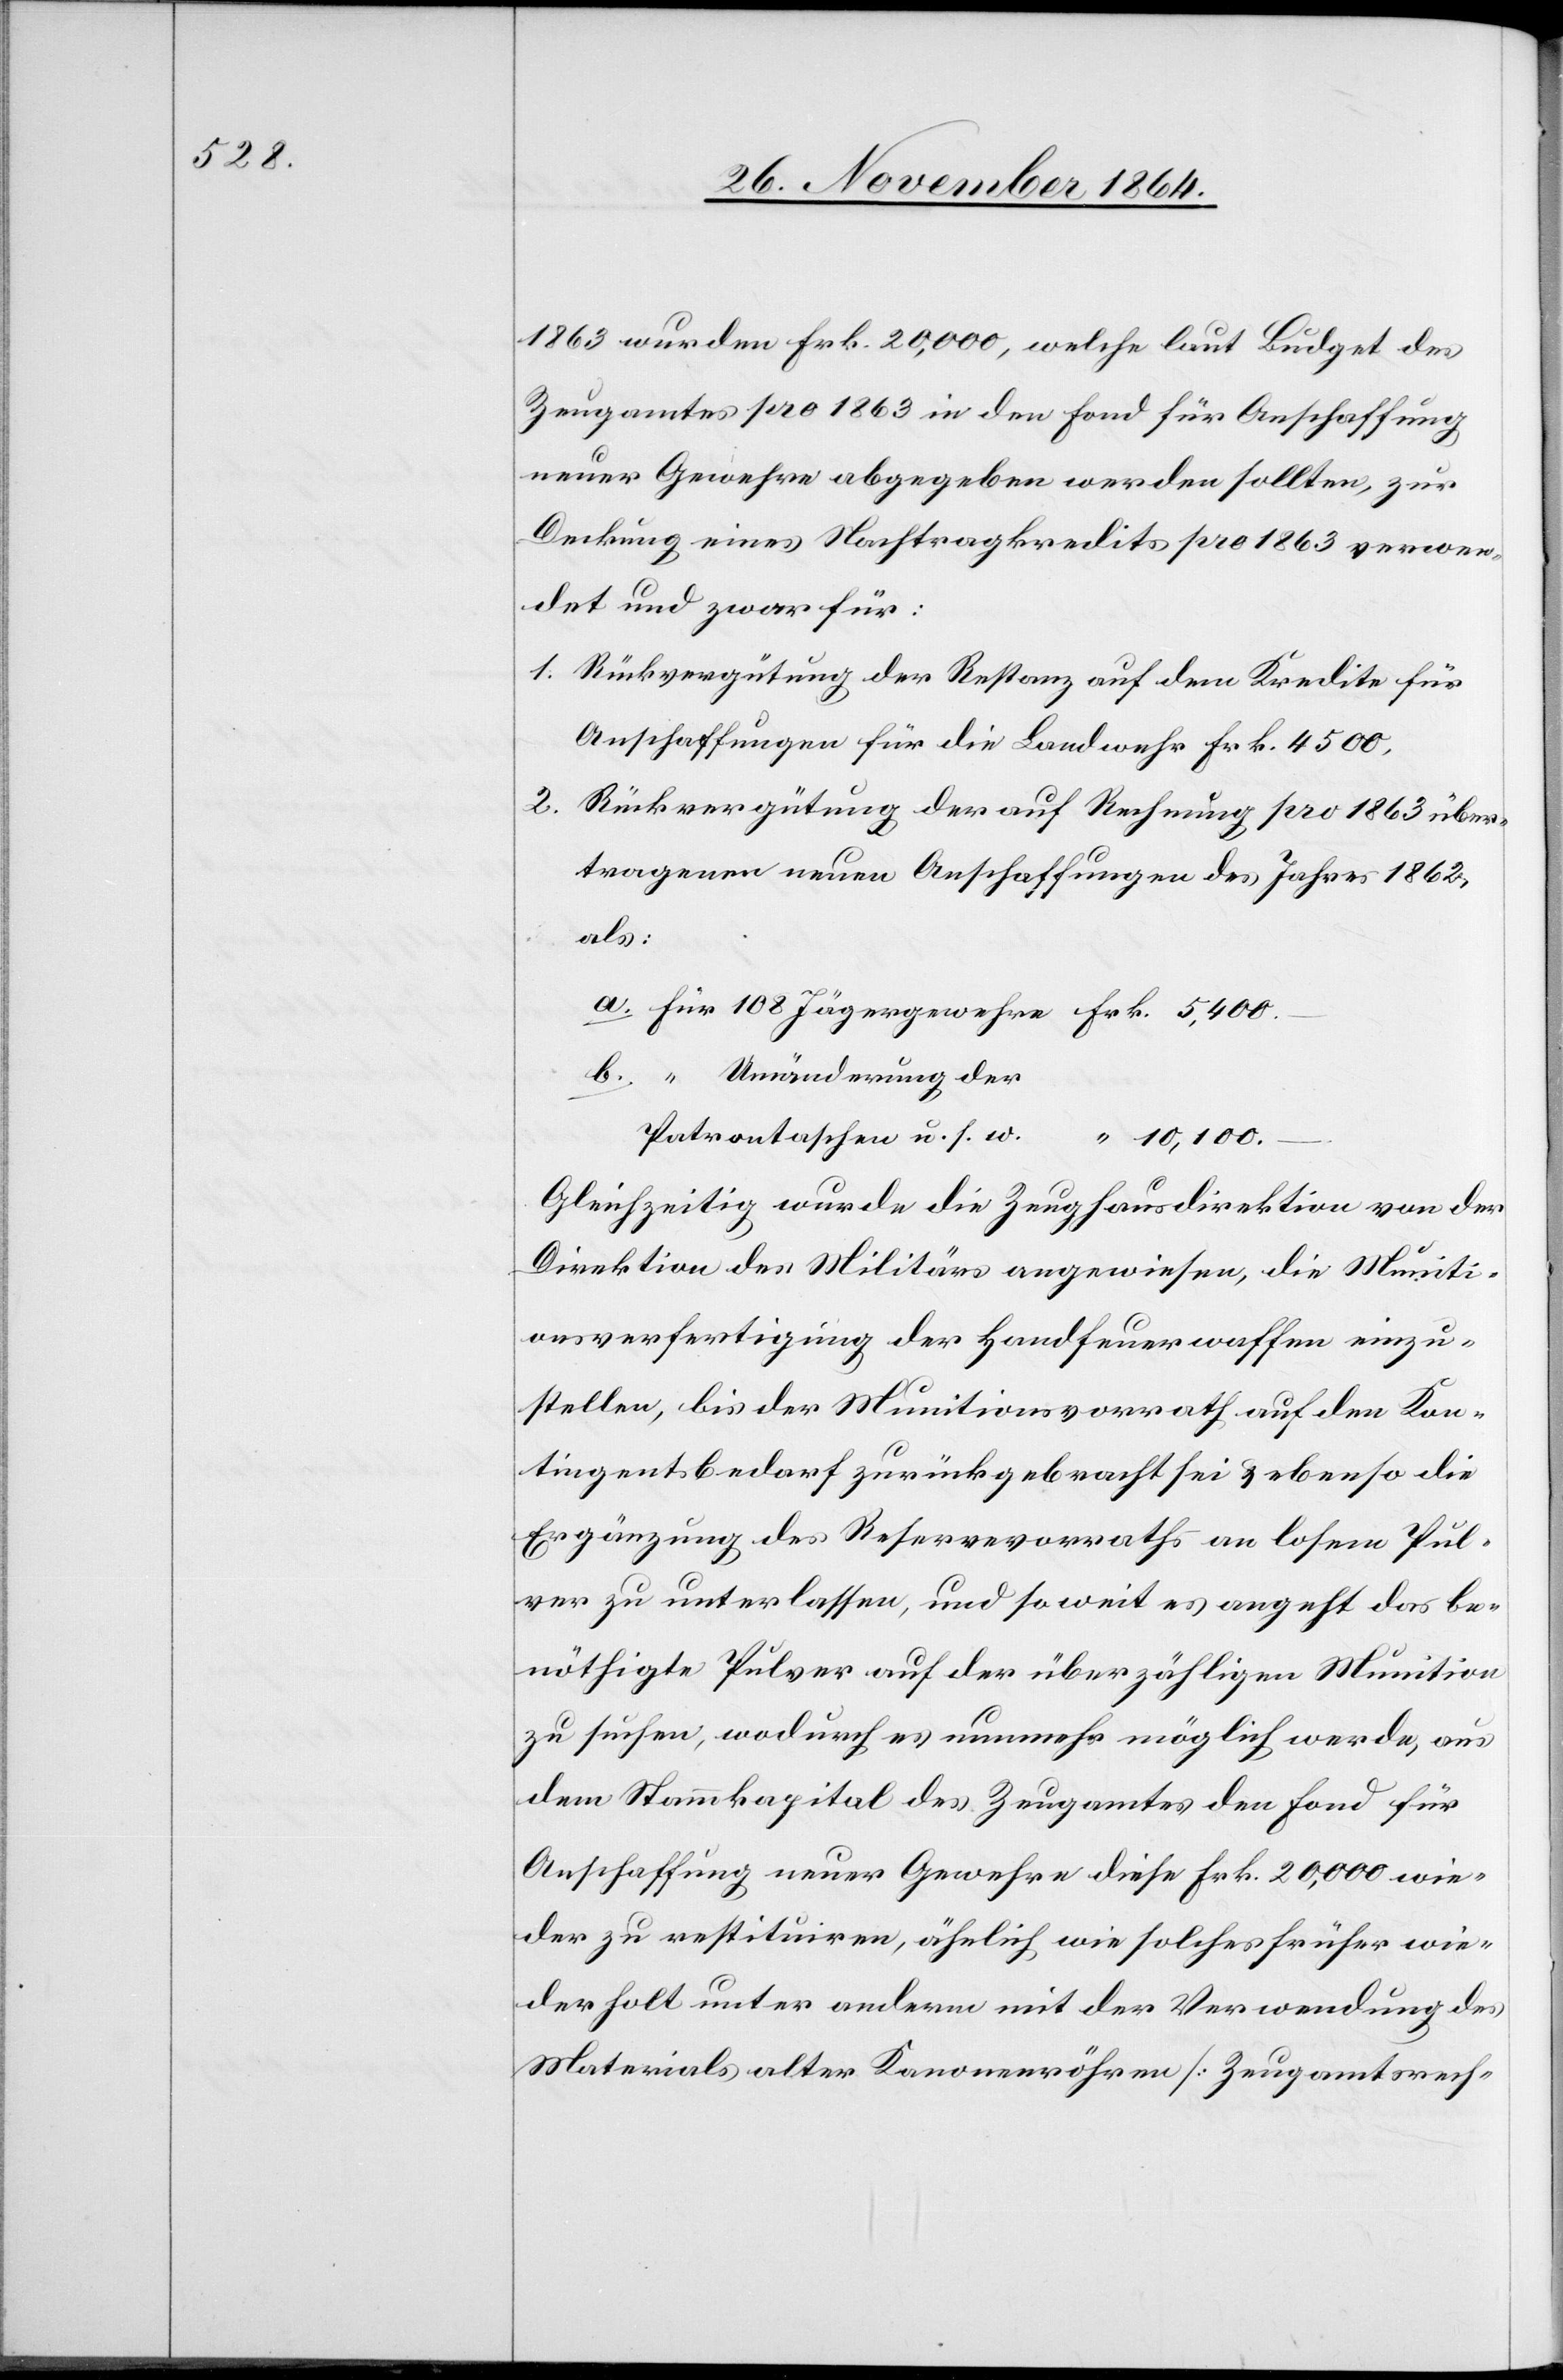
1863 wurden Frk. 20,000, welche laut Budget des
Zeugamtes pro 1863 in den Fond für Anschaffung
neuer Gewehre abgegeben werden sollten, zur
Deckung eines Nachtragskredites pro 1863 verwen¬
det und zwar für:
1. Rückvergütung der Restanz auf dem Kredite für
Anschaffungen für die Landwehr Frk. 4500,
2. Rückvergütung der auf Rechnung pro 1863 über¬
tragenen neuen Anschaffungen des Jahres 1862,
als:
Patronentaschen u. s. w.
10,100.
Gleichzeitig wurde die Zeughausdirektion von der
Direktion des Militärs angewiesen, die Muniti¬
onsverfertigung der Handfeuerwaffen einzu¬
stellen, bis der Munitionsvorrath auf den Kon¬
tingentsbedarf zurückgebracht sei & ebenso die
Ergänzung des Reservevorraths an losem Pul¬
ver zu unterlassen, und so weit es angeht das be¬
nöthigte Pulver auf der überzähligen Munition
zu suchen, wodurch es nunmehr möglich werde, aus
dem Stammkapital des Zeugamtes den Fond für
Anschaffung neuer Gewehre diese Frk. 20,000 wie¬
der zu restituiren, ähnlich wie solches früher wie¬
derholt unter anderm mit der Verwendung des
Materials alter Kanonenröhren [Zeugamtsrech-